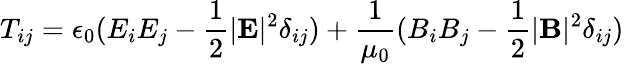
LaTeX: T_{ij}=\epsilon_{0}(E_{i}E_{j}-\frac{1}{2}|\mathbf{E}|^{2}\delta_{ij})+\frac{1}{\mu_{0}}(B_{i}B_{j}-\frac{1}{2}|\mathbf{B}|^{2}\delta_{ij})